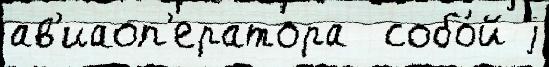
ав'иаоп'ератора  собо́й j